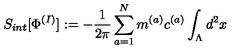
S _ { i n t } [ \Phi ^ { ( I ) } ] : = - \frac { 1 } { 2 \pi } \sum _ { a = 1 } ^ { N } m ^ { ( a ) } c ^ { ( a ) } \int _ { \Lambda } d ^ { 2 } x